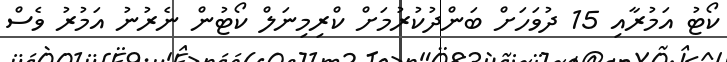
ކޯޓު އަމުރާއި 15 ދުވަހަށް ބަންދުކުރުމަށް ކްރިމިނަލް ކޯޓުން ނެރުނު އަމުރު ވެސް